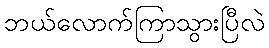
ဘယ်လောက်ကြာသွားပြီလဲ